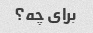
برای چه؟